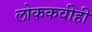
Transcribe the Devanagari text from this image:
लोककवीही